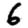
Digit: 6